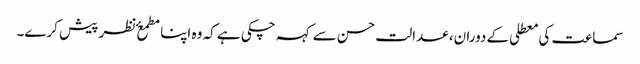
​سماعت کی معطلی کے دوران، عدالت حسن سے کہہ چکی ہے کہ وہ اپنا مطمعٴ نظر پیش کرے۔